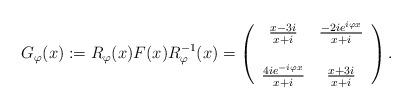
LaTeX: \begin{align*}G_{\varphi}(x) := R_{\varphi}(x) F(x) R_{\varphi}^{-1}(x) =\left(\begin{array}{cc}\frac{x - 3 i}{x + i} & \frac{- 2 i e^{i \varphi x}}{x + i} \\& \\\frac{4 i e^{- i \varphi x}}{x + i} & \frac{x + 3 i}{x + i}\end{array}\right).\end{align*}